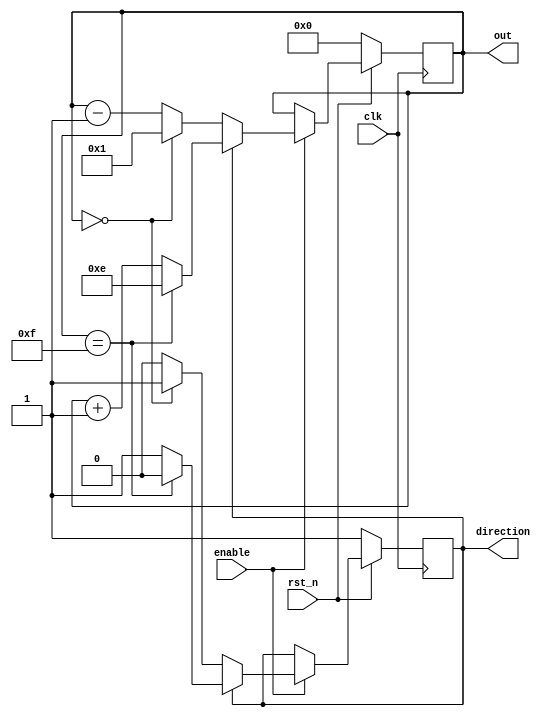
`timescale 1ns/1ps

module Ping_Pong_Counter (clk, rst_n, enable, direction, out);
input clk, rst_n;
input enable;
output direction;
output [4-1:0] out;

reg [4-1:0] out;
reg direction;

always @(posedge clk)
begin
    if (rst_n == 1'b0) begin
        out <= 4'b0000;
        direction <= 1'b1;
    end
    else if (enable == 1'b1) begin
        if (direction == 1'b1) begin
            if (out == 4'b1111) begin
                out <= 4'b1110;
                direction <= 1'b0;
            end
            else begin
                out <= out + 1'b1;
                direction <= direction;
            end
        end
        else
        begin
            if (out == 4'b0000)begin
                out <= 4'b0001;
                direction <= 1'b1;
            end
            else begin 
                out <= out - 1'b1;
                direction <= direction;
            end
        end
    end
    else begin
        out <= out;
        direction <= direction;
    end
end
endmodule